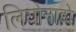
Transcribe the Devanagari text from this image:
लियोनाडो